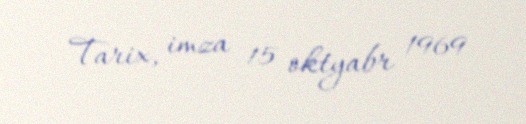
Tarix, imza 15 oktyabr 1969